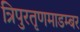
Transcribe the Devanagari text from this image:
त्रिपुरतृणमाडम्बर